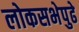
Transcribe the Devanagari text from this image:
लोकसभेपुढे